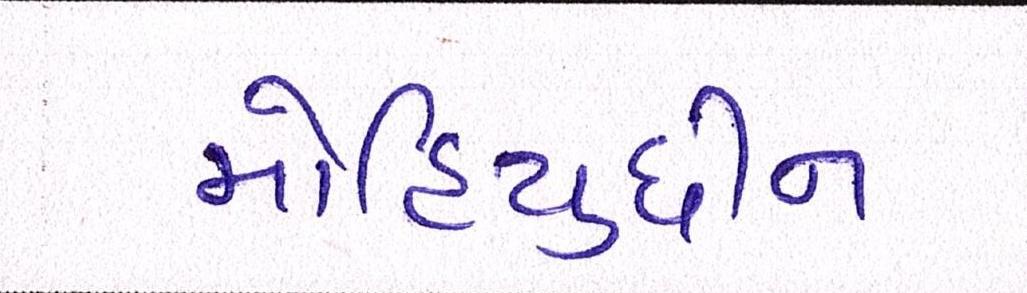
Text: મોહિયુદ્દીન